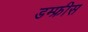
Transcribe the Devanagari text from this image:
डम्फ्रीस